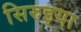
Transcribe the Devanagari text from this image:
सिरुइया